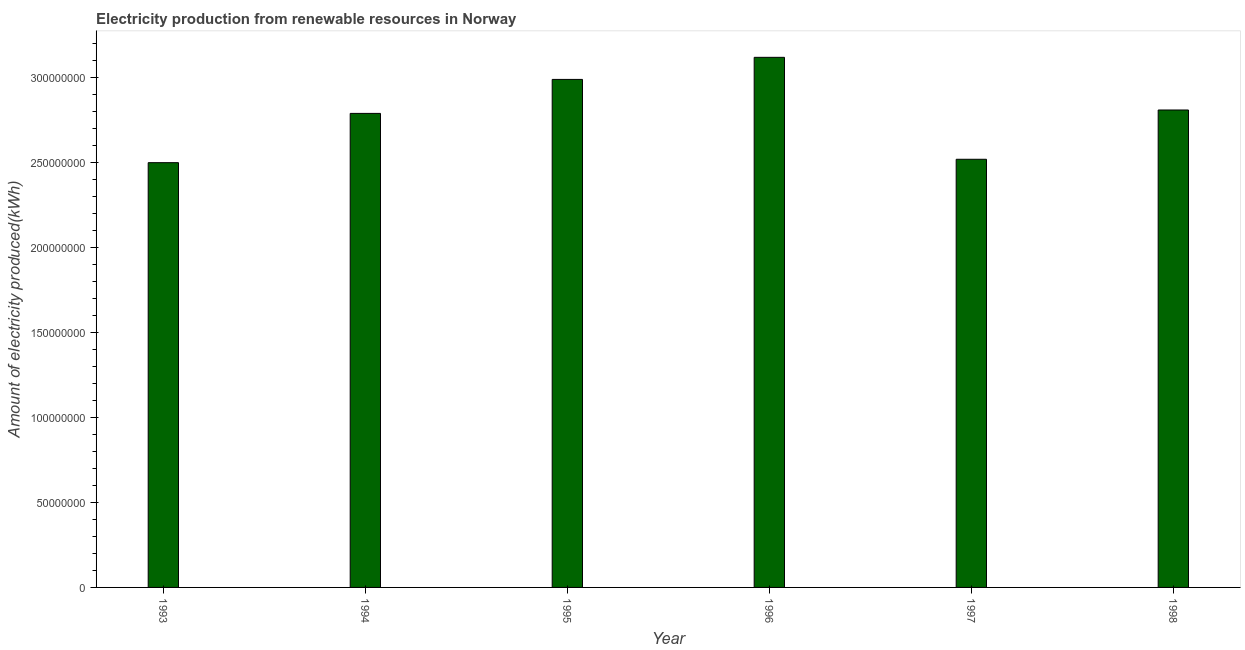
| Year | Electricity production from renewable sources |
 | --- | --- |
 | 1993 | 2.5e+08 |
 | 1994 | 2.79e+08 |
 | 1995 | 2.99e+08 |
 | 1996 | 3.12e+08 |
 | 1997 | 2.52e+08 |
 | 1998 | 2.81e+08 |